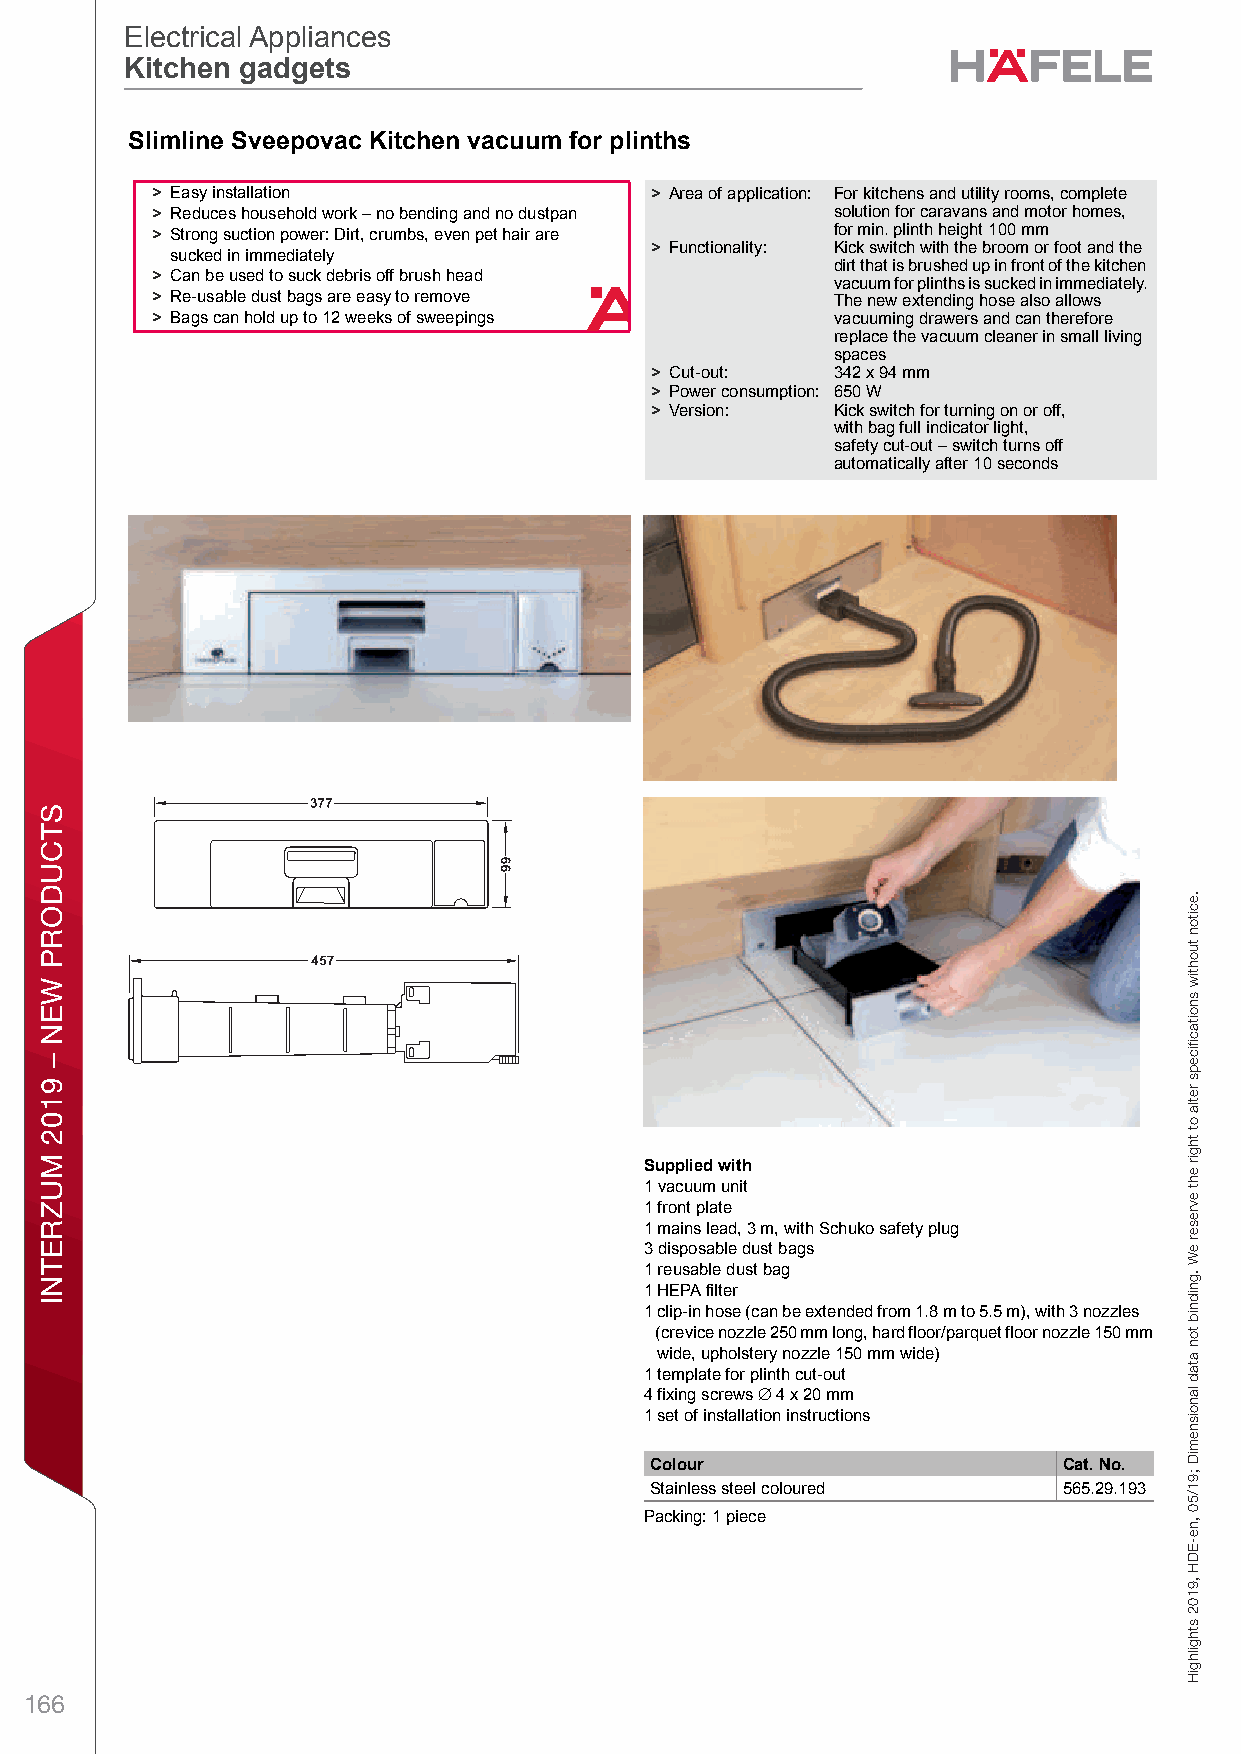
Electrical Appliances
 Electrical Appliances
 Kitchen gadgets
 Kitchen gadgets
 ESlectricall AppilianmcesElectricall ApiplianncesKitcehen ga dgeStsPlanninvg and CeonstrucetionDimpensionaol data novt bindinag. We rceserve the Kright to altier stpecicficationsh withoute notice.n vacuum for plinths
 > Easy installation              > Area of application: For kitchens and utility rooms, complete
 > Reduces household work – no bending and no dustpan solution for caravans and motor homes,
 > Strong suction power: Dirt, crumbs, even pet hair are for min. plinth height 100 mm
 > Functionality: Kick switch with the broom or foot and the
 sucked in immediately
 dirt that is brushed up in front of the kitchen
 > Can be used to suck debris off brush head
 vacuum for plinths is sucked in immediately.
 > Re-usable dust bags are easy to remove     The new extending hose also allows
 > Bags can hold up to 12 weeks of sweepings  vacuuming drawers and can therefore
 replace the vacuum cleaner in small living
 spaces
 > Cut-out:  342 x 94 mm
 > Power consumption: 650 W
 > Version:  Kick switch for turning on or off,
 with bag full indicator light,
 safety cut-out – switch turns off
 automatically after 10 seconds
 7
 Supplied with
 1 vacuum unit
 1 front plate
 1 mains lead, 3 m, with Schuko safety plug
 3 disposable dust bags
 1 reusable dust bag
 1 HEPA filter
 1 clip-in hose (can be extended from 1.8 m to 5.5 m), with 3 nozzles
 (crevice nozzle 250 mm long, hard floor/parquet floor nozzle 150 mm
 wide, upholstery nozzle 150 mm wide)
 1 template for plinth cut-out
 4 fixing screws ∅ 4 x 20 mm
 1 set of installation instructions
 Colour                     Cat. No.
 Stainless steel coloured   565.29.193
 Packing: 1 piece
 166
 STCUDORP
 WEN
 –
 9102
 MUZRETNI
 secnailppA
 lacirtcelE
 .eciton
 tuohtiw
 snoitacfiiceps
 retla
 ot
 thgir
 eht
 evreser
 eW
 .gnidnib
 ton
 atad
 lanoisnemiD
 ;91/50
 ,ne-EDH
 ,9102
 sthgilhgiH